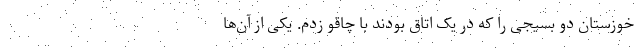
خوزستان دو بسیجی را که در یک اتاق بودند با چاقو زدم. یکی از آن‌ها